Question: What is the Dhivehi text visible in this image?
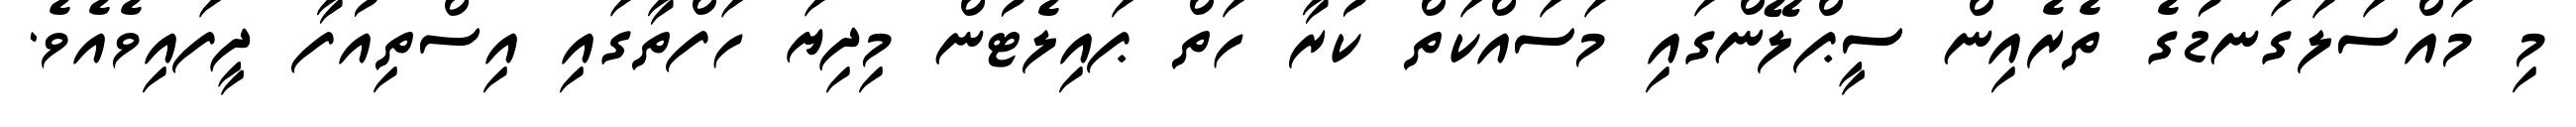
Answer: މި މައްސަލަގަނޑުގެ ތެރެއިން ސީޕްލޭންގައި މަސައްކަތް ކުރާ ހަތް ޕައިލެޓުން މިދިޔަ ހަފްތާގައި އިސްތިއުފާ ދީފައިވެއެވެ.